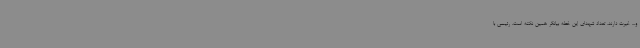
و... غیرت دارند، تعداد شهدای این خطه بیانگر همین نکته است. رئیسی با